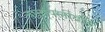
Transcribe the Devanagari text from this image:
नागावल्लींदळ